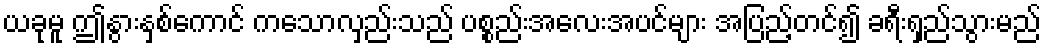
ယခုမူ ဤနွားနှစ်ကောင် ကသောလှည်းသည် ပစ္စည်းအလေးအပင်များ အပြည့်တင်၍ ခရီးရှည်သွားမည်